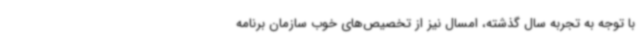
با توجه به تجربه سال گذشته، امسال نیز از تخصیص‌های خوب سازمان برنامه